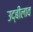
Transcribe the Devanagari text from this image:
उद्बीलाव